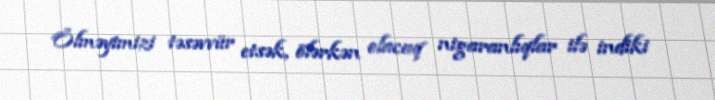
Ölməyimizi təsəvvür etsək, ölərkən olacaq nigaranlıqlar ilə indiki